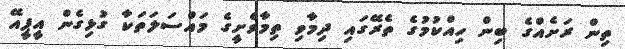
ތިން ރަށެއްގެ ބިން ހިއްކުމުގެ ތެރޭގައި ދިމާވި ތިމާވެށީގެ މައްސަލަތަކާ ގުޅިގެން އީޕީއޭ